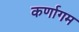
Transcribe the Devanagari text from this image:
कर्णागम